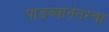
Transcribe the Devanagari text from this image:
पाडव्यानंतरचा